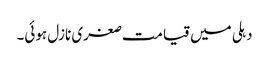
دہلی میں قیامت صغری نازل ہوئی۔